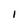
Character: 1